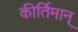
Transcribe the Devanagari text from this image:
कीर्तिमान्